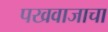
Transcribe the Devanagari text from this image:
पखवाजाचा